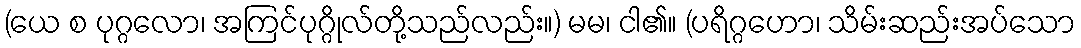
(ယေ စ ပုဂ္ဂလော၊ အကြင်ပုဂ္ဂိုလ်တို့သည်လည်း။) မမ၊ ငါ၏။ (ပရိဂ္ဂဟော၊ သိမ်းဆည်းအပ်သော